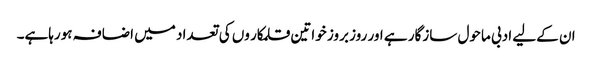
ان کےلیے ادبی ماحول سازگار ہے اور روز بروز خواتین قلمکار وں کی تعداد میں اضافہ ہورہاہے۔